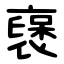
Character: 襃